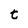
Character: t